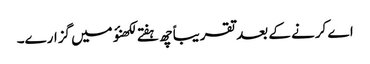
اے کرنے کے بعد تقریباً چھ ہفتے لکھنؤ میں گزارے۔